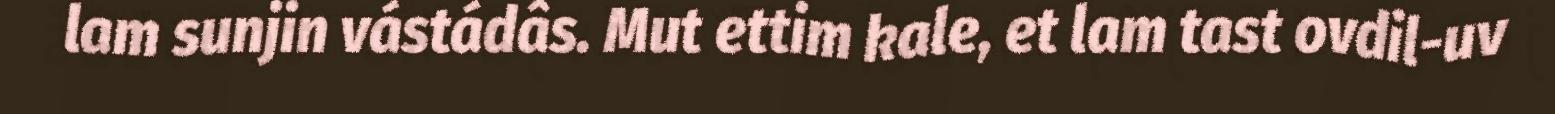
lam sunjin vástádâs. Mut ettim kale, et lam tast ovdil-uv